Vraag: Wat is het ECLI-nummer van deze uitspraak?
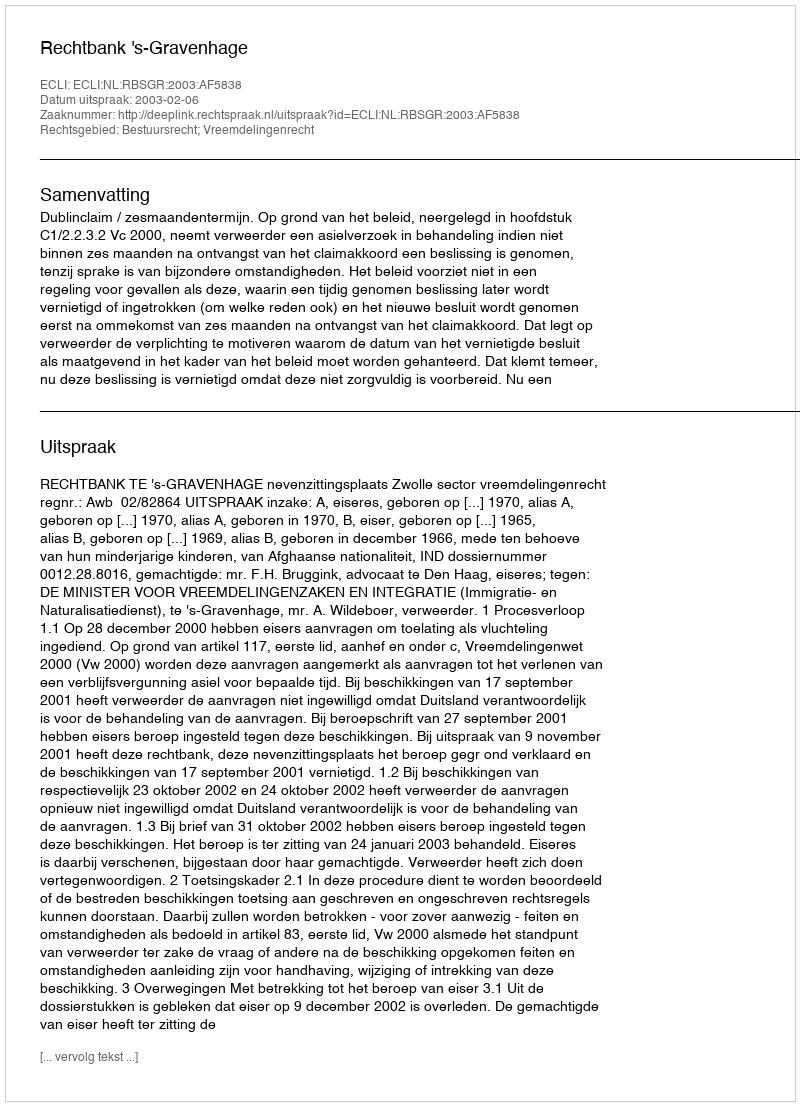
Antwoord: ECLI:NL:RBSGR:2003:AF5838